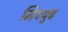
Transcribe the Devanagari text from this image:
मित्रयुव